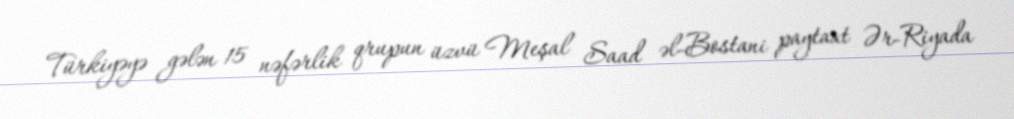
Türkiyəyə gələn 15 nəfərlik qrupun üzvü Meşal Saad əl-Bostani paytaxt Ər-Riyada